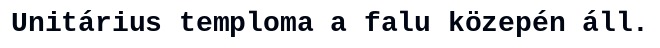
Unitárius temploma a falu közepén áll.